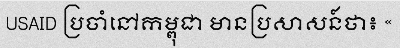
USAID ប្រចាំនៅកម្ពុជា មានប្រសាសន៍ថា៖ «